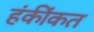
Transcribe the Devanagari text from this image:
हंकींकत